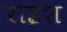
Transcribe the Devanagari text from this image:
राइश